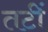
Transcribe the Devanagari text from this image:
तटीं